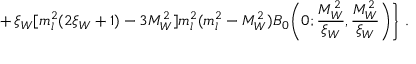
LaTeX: + \, \xi _ { W } [ m _ { l } ^ { 2 } ( 2 \xi _ { W } + 1 ) - 3 M _ { W } ^ { 2 } ] m _ { l } ^ { 2 } ( m _ { l } ^ { 2 } - M _ { W } ^ { 2 } ) B _ { 0 } \Bigg ( 0 ; \frac { M _ { W } ^ { 2 } } { \xi _ { W } } , \frac { M _ { W } ^ { 2 } } { \xi _ { W } } \Bigg ) \Bigg \} \ .